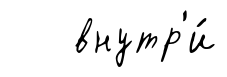
внутр'и́